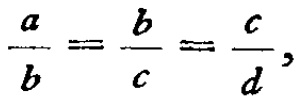
$\frac{a}{b}=\frac{b}{c}=\frac{c}{d},$